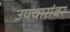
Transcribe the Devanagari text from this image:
उपचारांवर